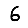
Digit: 6